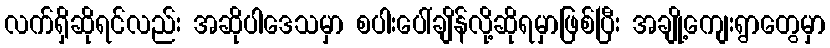
လက်ရှိဆိုရင်လည်း အဆိုပါဒေသမှာ စပါးပေါ်ချိန်လို့ဆိုရမှာဖြစ်ပြီး အချို့ကျေးရွာတွေမှာ